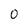
Character: 0